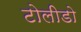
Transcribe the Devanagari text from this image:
टोलीडो